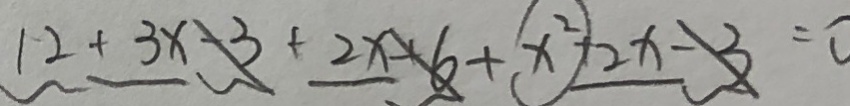
1 2 + 3 x - 3 + 2 x + 6 + x ^ { 2 } + 2 x - 3 = 0